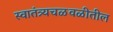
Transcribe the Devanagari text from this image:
स्वातंत्र्यचळवळीतील